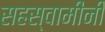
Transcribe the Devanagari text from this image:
सहस्वामीनी